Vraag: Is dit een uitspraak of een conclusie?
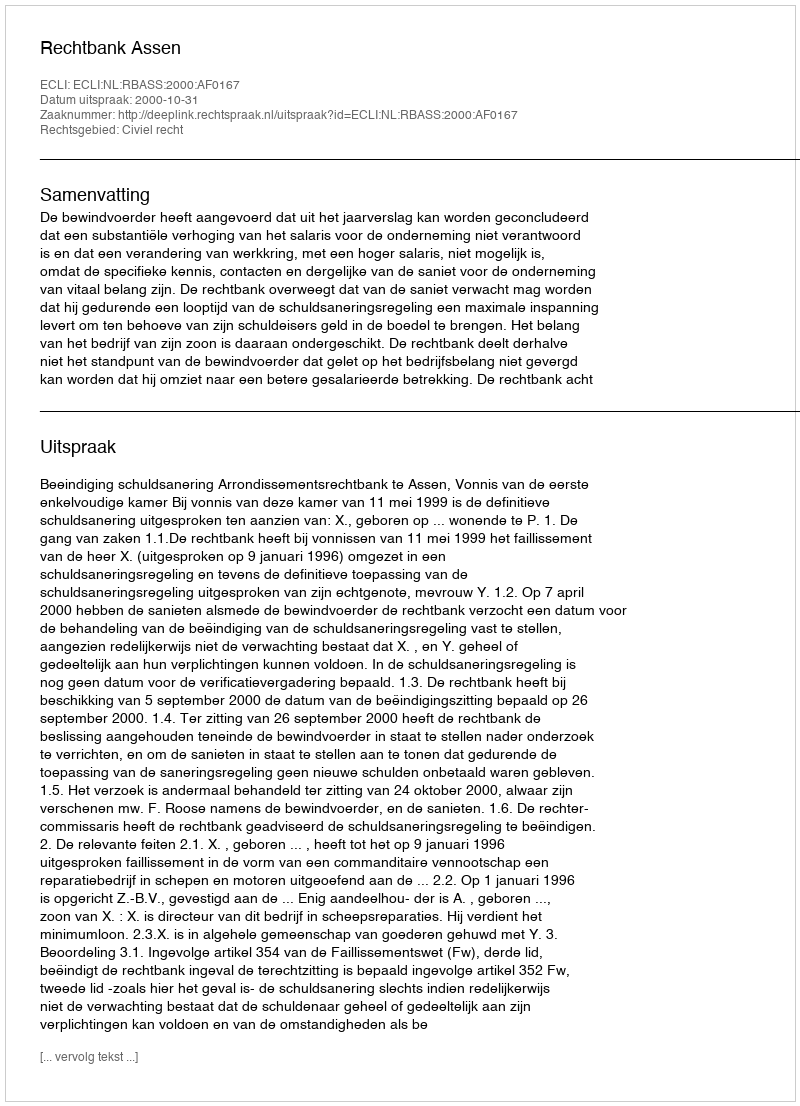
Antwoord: Uitspraak